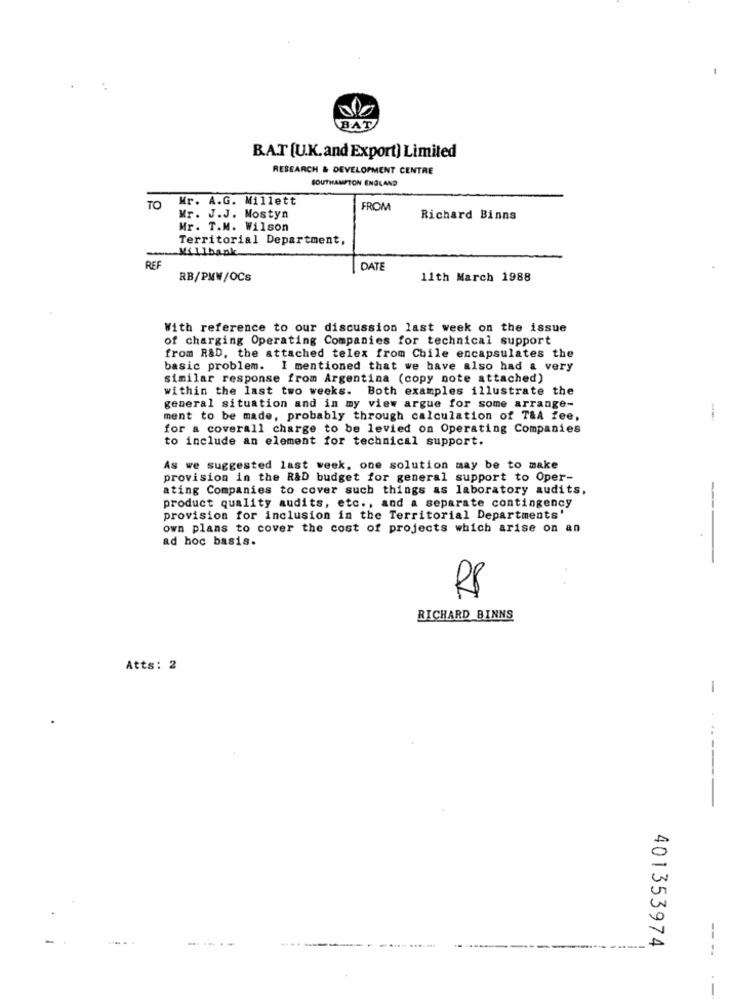
BAT
BAT [U.K.and Export) Limited
RESEARCH & DEVELOPMENT CENTRE
SOUTHAMPTON ENGLAND
Mr. A.G. Millett
TO
FROM
Mr. J.J. Mostyn
Richard Binns
Mr. T.M. Wilson
Territorial Department,
Millbank
REF
DATE
RB/PMW/OCs
11th March 1988
With reference to our discussion last week on the issue
of charging Operating Companies for technical support
from R&D, the attached telex from Chile encapsulates the
basic problem. I mentioned that we have also had a very
similar response from Argentina (copy note attached)
within the last two weeks. Both examples illustrate the
general situation and in my view argue for some arrange-
ment to be made, probably through calculation of T&A fee,
for a coverall charge to be levied on Operating Companies
to include an element for technical support.
As we suggested last week, one solution may be to make
provision in the R&D budget for general support to Oper-
ating Companies to cover such things as laboratory audits,
product quality audits, etc ., and a separate contingency
provision for inclusion in the Territorial Departments'
own plans to cover the cost of projects which arise on an
----
ad hoc basis.
R$
RICHARD BINNS
Atts: 2
-
------
401353974
----
-